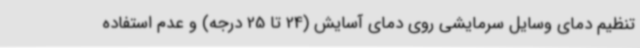
تنظیم دمای وسایل سرمایشی روی دمای آسایش (24 تا 25 درجه) و عدم استفاده